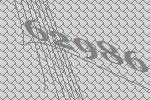
62986